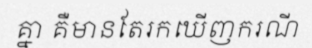
គ្នា គឺមានតែរកឃើញករណី